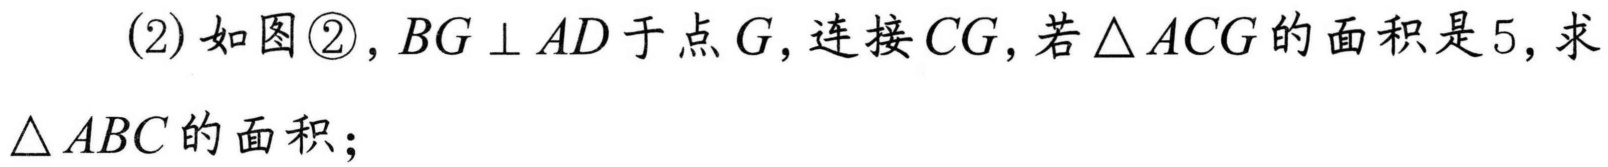
(2)如图\textcircled{2}，$BG\perp AD$于点$G$，连接$CG$，若$\triangle ACG$的面积是5，求$\triangle ABC$的面积；